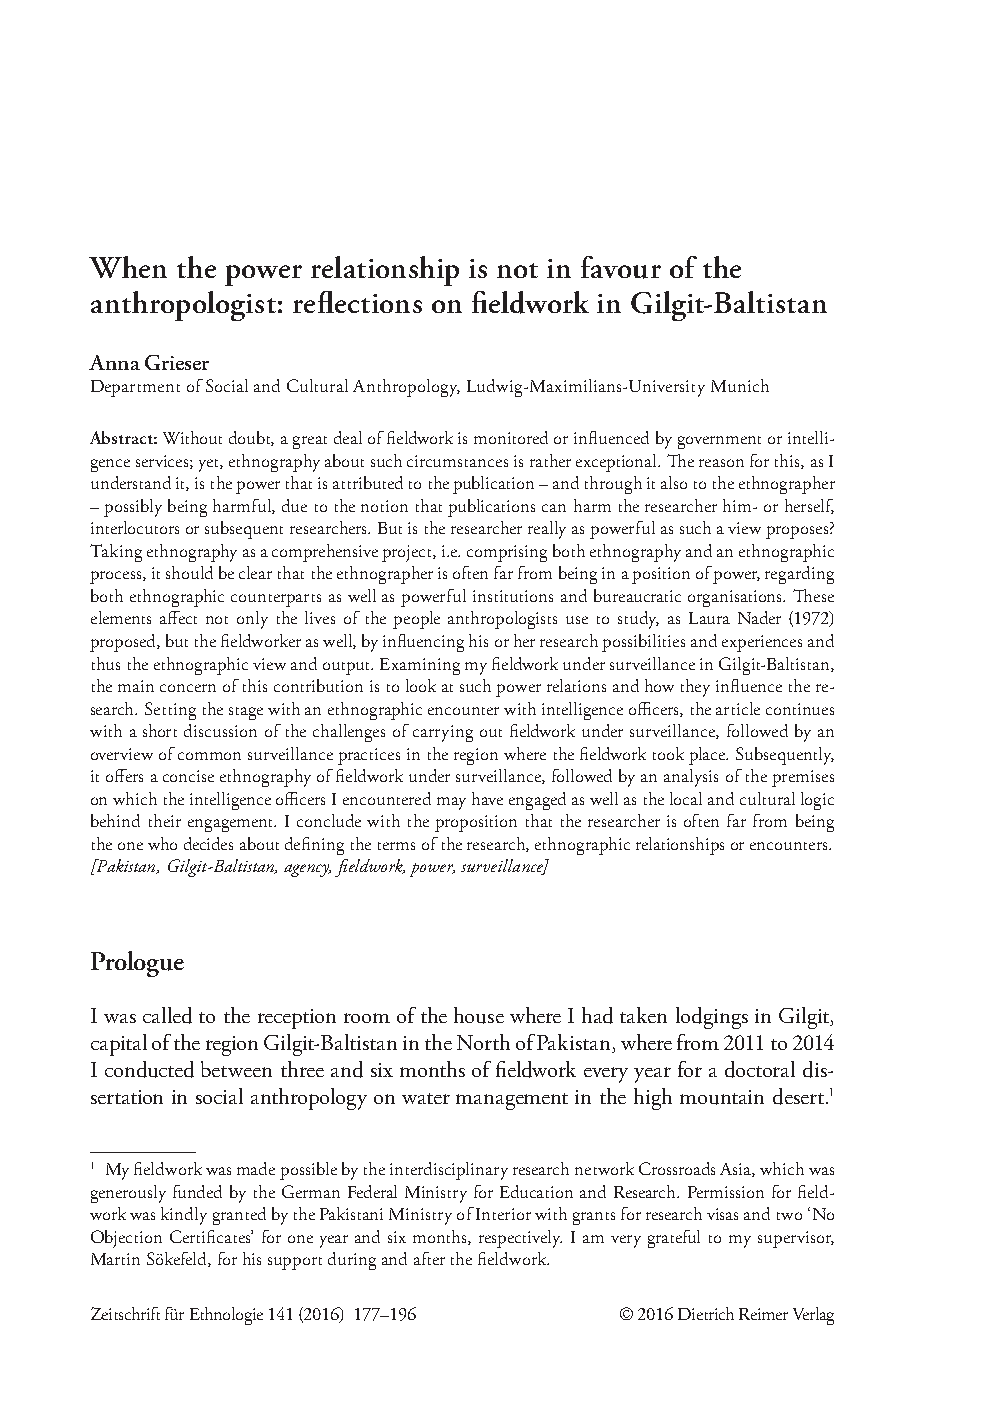
When the power relationship is not in favour of the
 anthropologist: reflections on fieldwork in Gilgit-Baltistan
 Anna Grieser
 Department of Social and Cultural Anthropology, Ludwig-Maximilians-University Munich
 Abstract: Without doubt, a great deal of fieldwork is monitored or influenced by government or intelli-
 gence services; yet, ethnography about such circumstances is rather exceptional. The reason for this, as I
 understand it, is the power that is attributed to the publication – and through it also to the ethnographer
 – possibly being harmful, due to the notion that publications can harm the researcher him- or herself,
 interlocutors or subsequent researchers. But is the researcher really as powerful as such a view proposes?
 Taking ethnography as a comprehensive project, i.e. comprising both ethnography and an ethnographic
 process, it should be clear that the ethnographer is often far from being in a position of power, regarding
 both ethnographic counterparts as well as powerful institutions and bureaucratic organisations. These
 elements affect not only the lives of the people anthropologists use to study, as Laura Nader (1972)
 proposed, but the fieldworker as well, by influencing his or her research possibilities and experiences and
 thus the ethnographic view and output. Examining my fieldwork under surveillance in Gilgit-Baltistan,
 the main concern of this contribution is to look at such power relations and how they influence the re-
 search. Setting the stage with an ethnographic encounter with intelligence officers, the article continues
 with a short discussion of the challenges of carrying out fieldwork under surveillance, followed by an
 overview of common surveillance practices in the region where the fieldwork took place. Subsequently,
 it offers a concise ethnography of fieldwork under surveillance, followed by an analysis of the premises
 on which the intelligence officers I encountered may have engaged as well as the local and cultural logic
 behind their engagement. I conclude with the proposition that the researcher is often far from being
 the one who decides about defining the terms of the research, ethnographic relationships or encounters.
 [Pakistan, Gilgit-Baltistan, agency, fieldwork, power, surveillance]
 Prologue
 I was called to the reception room of the house where I had taken lodgings in Gilgit,
 capital of the region Gilgit-Baltistan in the North of Pakistan, where from 2011 to 2014
 I conducted between three and six months of fieldwork every year for a doctoral dis-
 sertation in social anthropology on water management in the high mountain desert.1
 1 My fieldwork was made possible by the interdisciplinary research network Crossroads Asia, which was
 generously funded by the German Federal Ministry for Education and Research. Permission for field-
 work was kindly granted by the Pakistani Ministry of Interior with grants for research visas and two ‘No
 Objection Certificates’ for one year and six months, respectively. I am very grateful to my supervisor,
 Martin Sökefeld, for his support during and after the fieldwork.
 Zeitschrift für Ethnologie 141 (2016) 177–196 © 2016 Dietrich Reimer Verlag